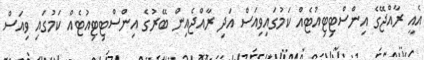
އެއީ ރާއްޖޭގެ އިންސްޓިޓިއުޓެއް ކަމުގައިވިއަސް އަދި ރާއްޖެއިން ބޭރުގެ އިންސްޓިޓިއުޓެއް ކަމުގައި ވިއަސް